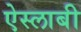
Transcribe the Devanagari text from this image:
ऐस्लाबी